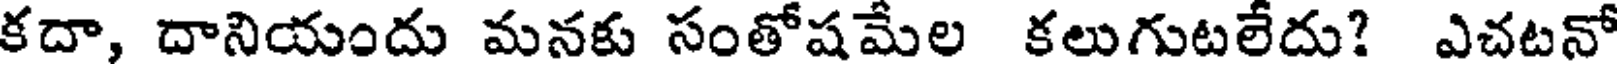
కదా, దానియందు మనకు సంతోషమేల కలుగుటలేదు? ఎచటనో